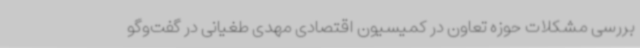
بررسی مشکلات حوزه تعاون در کمیسیون اقتصادی مهدی طغیانی‌ در گفت‌وگو